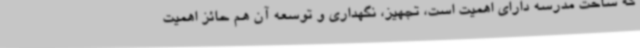
که ساخت مدرسه دارای اهمیت است، تجهیز، نگهداری و توسعه آن هم حائز اهمیت